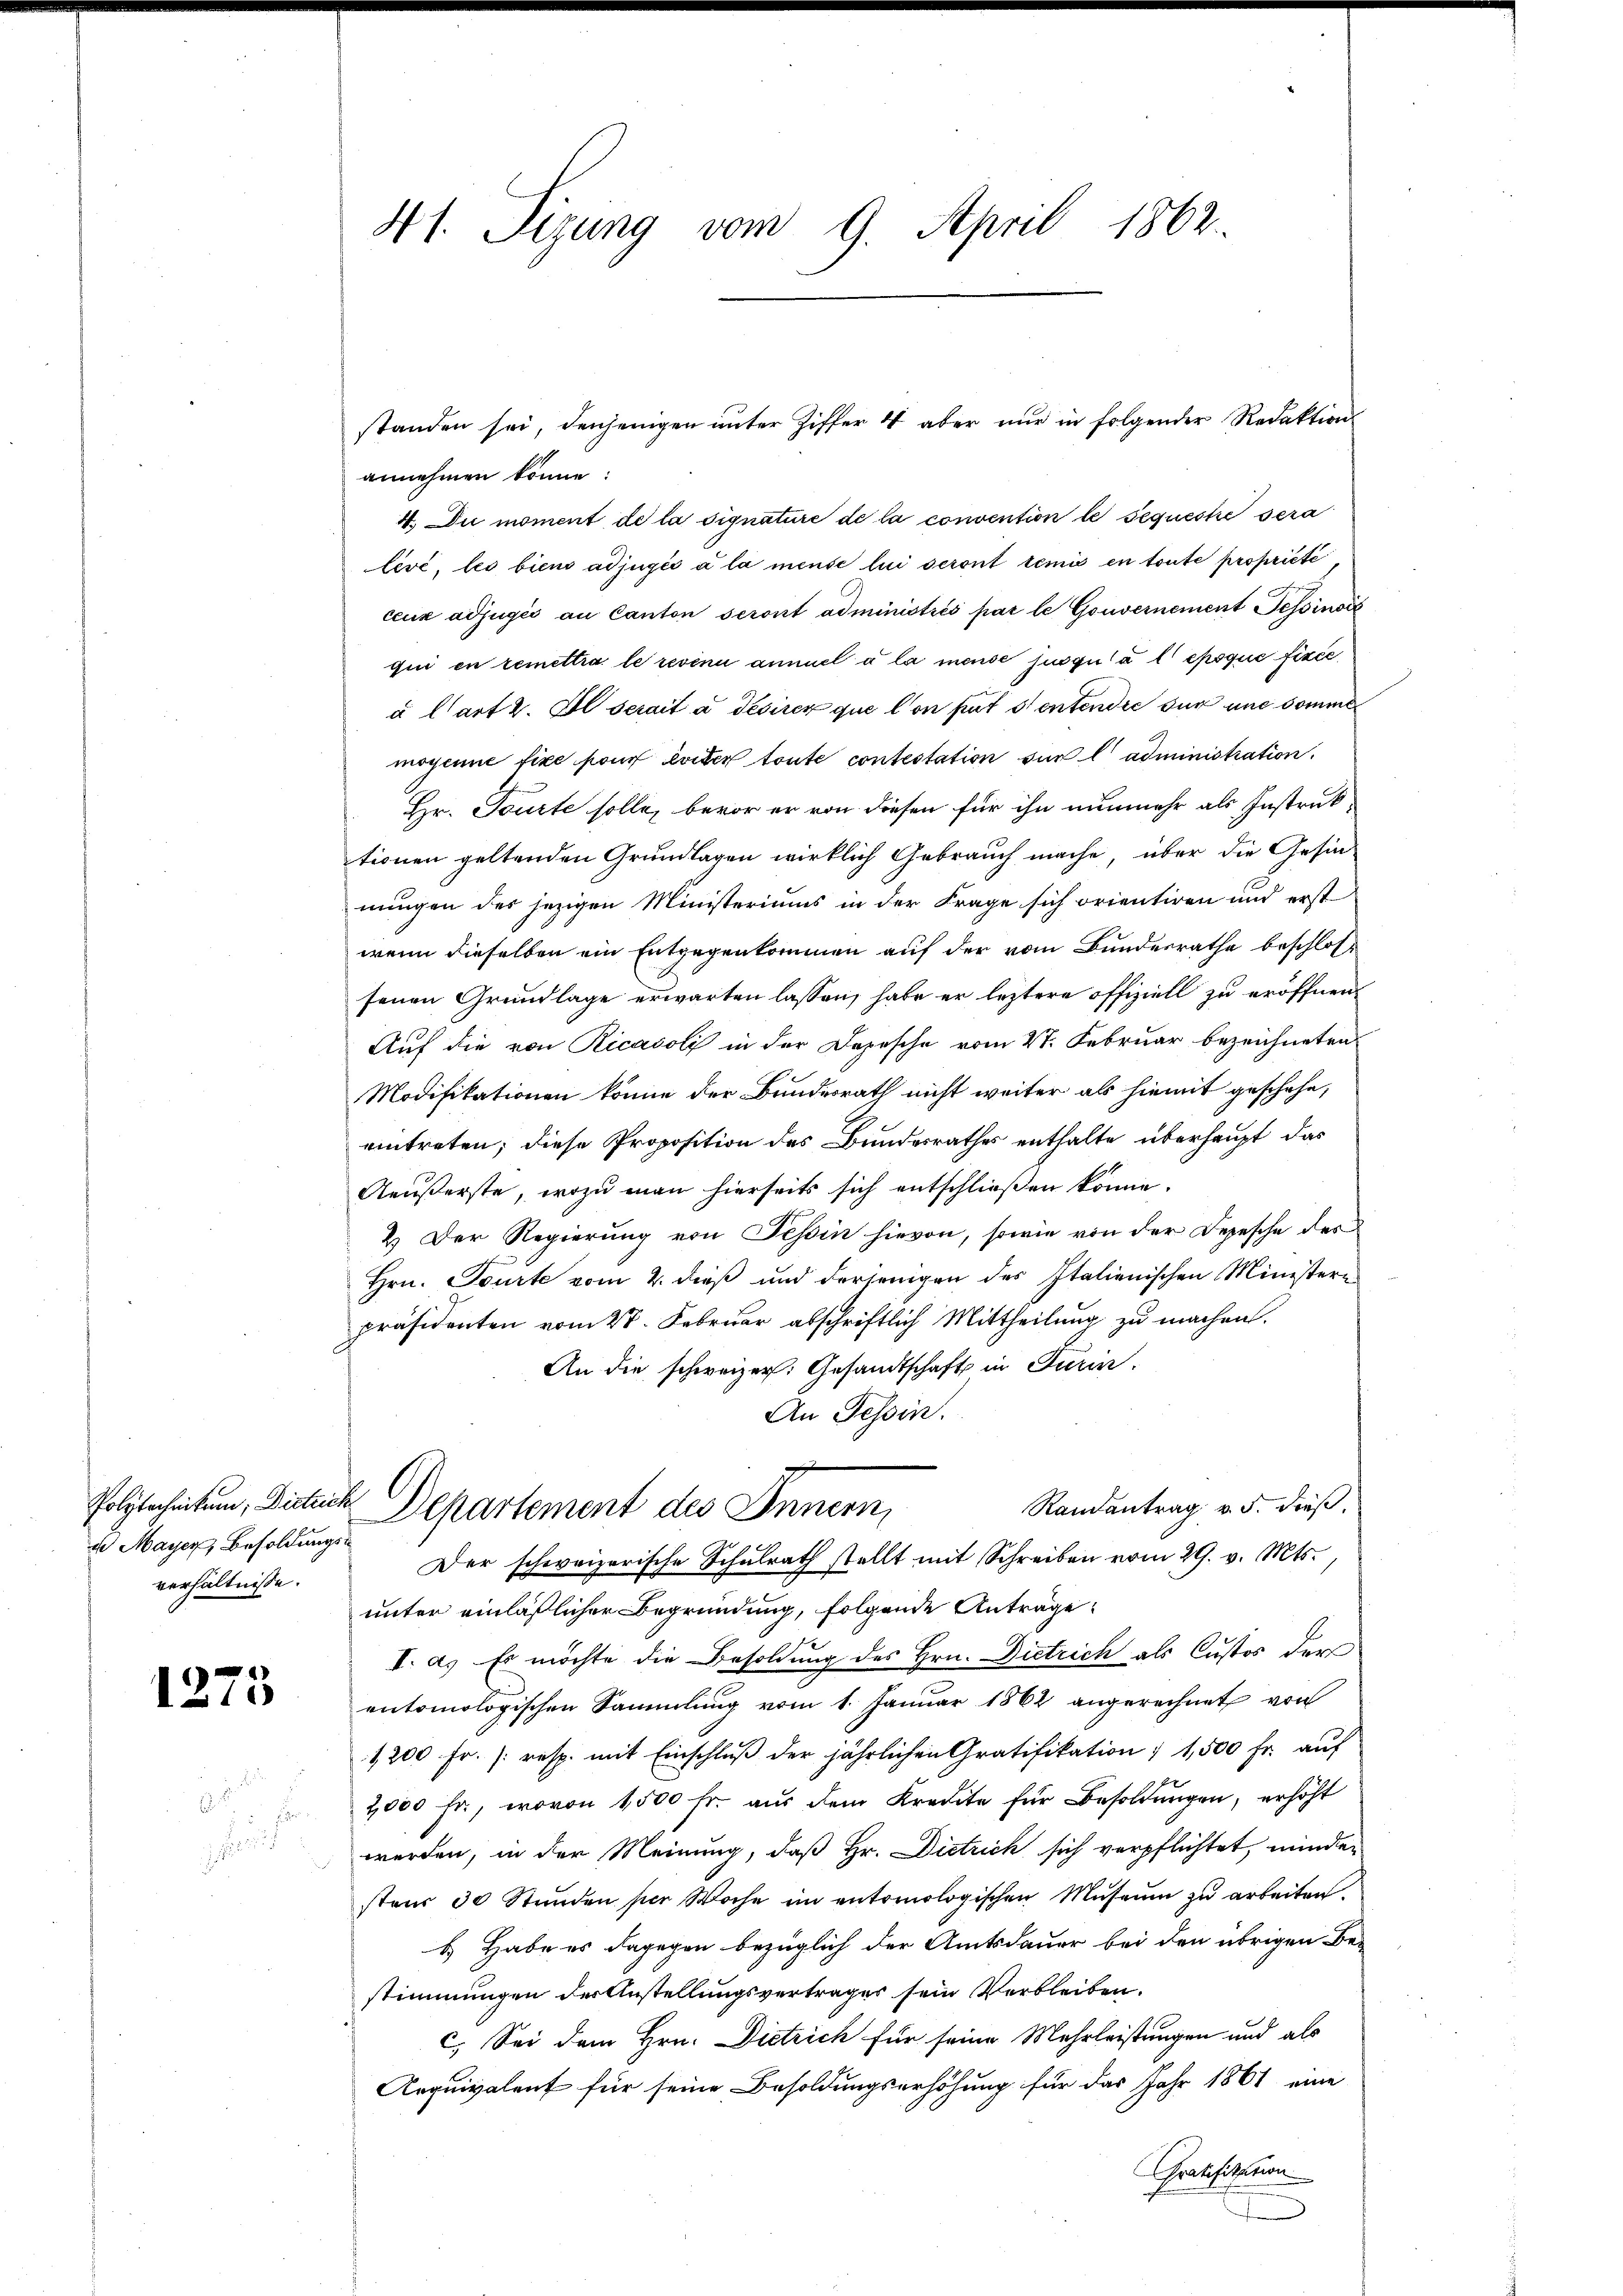
d Mayer, Besoldungsverhältnisse.

1275

u

standen sei, denjenigen unter Ziffer 4 aber nur in folgender Redaktion
annehmen könne.
4. Du moment de la signature de la convention le Sequeste sera
levé, les biens adjugés à la mense lui seront remis en toute propriété
ceux adjugés an Canton seront administrés par le Gouvernement Tessinis
qui en remettra le revina annuel à la mense jusqu’à l époque fixée
à Cart 2. Il serait à desirer que l’on pur sentende sur une sommen
mogenie fixe pour évider toute contestation sur l'administration.
Hr. Tourte solle, bevor er von diesen für ihn nunmehr als Instruktionen geltenden Grundlagen wirklich Gebrauch mache, über die Gesin-
nungen des jezigen Ministeriums in der Frage sich orientiren und erst
wenn dieselben ein Entgegenkommen auf der vom Bunderrathe beschloss
senen Grundlage erwarten lassen, habe er leztere offiziell zu eröffnen.
Auf die von Ricavoli in der Depesche vom 27. Februar bezeichneten
Modifikationen könne der Bundesrath nicht weiter als hiemit geschehe,
eintreten; diese Proposition des Bundesrathes enthalte überhaupt das
Aeußerste, wozu man hierseits sich entschließen könne.
2.) Der Regierung von Tessin hievon, sowie von der Depesche des
Hrn. Tourte vom 2. dieß und derjenigen des Italienischen Ministern
präsidenten vom 27. Februar abschriftlich Mittheilung zu machen.
An die schweizer: Gesandtschaft in Turin
An Tessin.
Randantrag v. 5. dieß.
Polytecheitung, Distlich Departement des Innern,
Der schweizerische Schŭlrath stellt mit Schreiben vom 29. v. Mts.,
unter einläßlicher Begründung, folgende Anträge,
I. a. Es möchte die Besoldung des Hrn. Dietrich als Custos der
entomologischen Sammlung vom 1. Januar 1862 angerechnet von
1200 Fr. (resp. mit Einschlŭβ der jährlichen Gratifikation : 1,500 fr. aŭf
2,000 fr., wovon 1500 fr. aŭs dem Kredite für Besoldŭngen, erhöht
werden, in der Meinung, daß Hr. Dietrich sich verpflichtet, minder
stand 30 Stunden per Woche im entomologischen Museum zu arbeiten.
b.) Habe es dagegen bezüglich der Amtsdauer bei den übrigen Be-
stimmungen des Anstellungsvertrages sein Verbleiben.
c. Sei dem Hrn. Dietrich für seine Mehrleistungen und als
Roquivalent für seine Besoldungserhöhung für das Jahr 1861 eine
Gratifikation
3

41. Sizung vom 9. April 1862.